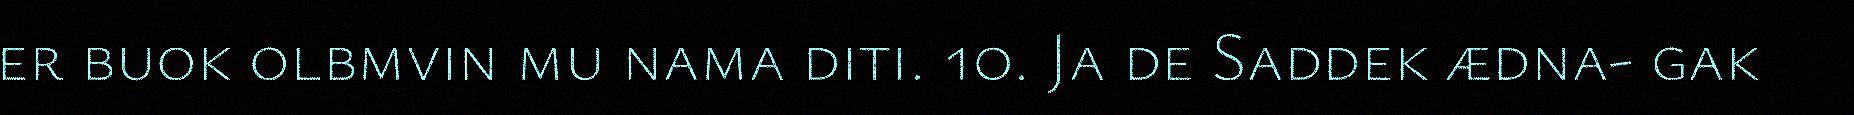
er buok olbmvin mu nama diti. 10. Ja de Saddek ædna- gak